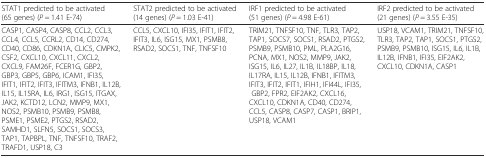
| STAT1 predicted to be activated (65 genes) (P = 1.41 E-74) | STAT2 predicted to be activated (14 genes) (P = 1.03 E-41) | IRF1 predicted to be activated (51 genes) (P = 4.98 E-61) | IRF2 predicted to be activated (21 genes) (P = 3.55 E-35) |
 | --- | --- | --- | --- |
 | CASP1, CASP4, CASP8, CCL2, CCL3, CCL4, CCL5, CCRL2, CD14, CD274, CD40, CD86, CDKN1A, CLIC5, CMPK2, CSF2, CXCL10, CXCL11, CXCL2, CXCL9, FAM26F, FCER1G, GBP2, GBP3, GBP5, GBP6, ICAM1, IFI35, IFIT1, IFIT2, IFIT3, IFITM3, IFNB1, IL12B, IL15, IL15RA, IL6, IRG1, ISG15, ITGAX, JAK2, KCTD12, LCN2, MMP9, MX1, NOS2, PSMB10, PSMB9, PSMB8, PSME1, PSME2, PTGS2, RSAD2, SAMHD1, SLFN5, SOCS1, SOCS3, TAP1, TAPBPL, TNF, TNFSF10, TRAF2, TRAFD1, USP18, C3 | CCL5, CXCL10, IFI35, IFIT1, IFIT2, IFIT3, IL6, ISG15, MX1, PSMB8, RSAD2, SOCS1, TNF, TNFSF10 | TRIM21, TNFSF10, TNF, TLR3, TAP2, TAP1, SOCS7, SOCS1, RSAD2, PTGS2, PSMB9, PSMB10, PML, PLA2G16, PCNA, MX1, NOS2, MMP9, JAK2, ISG15, IL6, IL27, IL1B, IL18BP, IL18, IL17RA, IL15, IL12B, IFNB1, IFITM3, IFIT3, IFIT2, IFIT1, IFIH1, IFI44L, IFI35, GBP2, FPR2, EIF2AK2, CXCL16, CXCL10, CDKN1A, CD40, CD274, CCL5, CASP8, CASP7, CASP1, BRIP1, USP18, VCAM1 | USP18, VCAM1, TRIM21, TNFSF10, TLR3, TAP2, TAP1, SOCS1, PTGS2, PSMB9, PSMB10, ISG15, IL6, IL1B, IL12B, IFNB1, IFI35, EIF2AK2, CXCL10, CDKN1A, CASP1 |